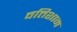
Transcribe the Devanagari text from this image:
वत्तिशाम